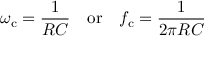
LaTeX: \omega _ { \mathrm { c } } = { \frac { 1 } { R C } } \quad { \mathrm { o r } } \quad f _ { \mathrm { c } } = { \frac { 1 } { 2 \pi R C } }